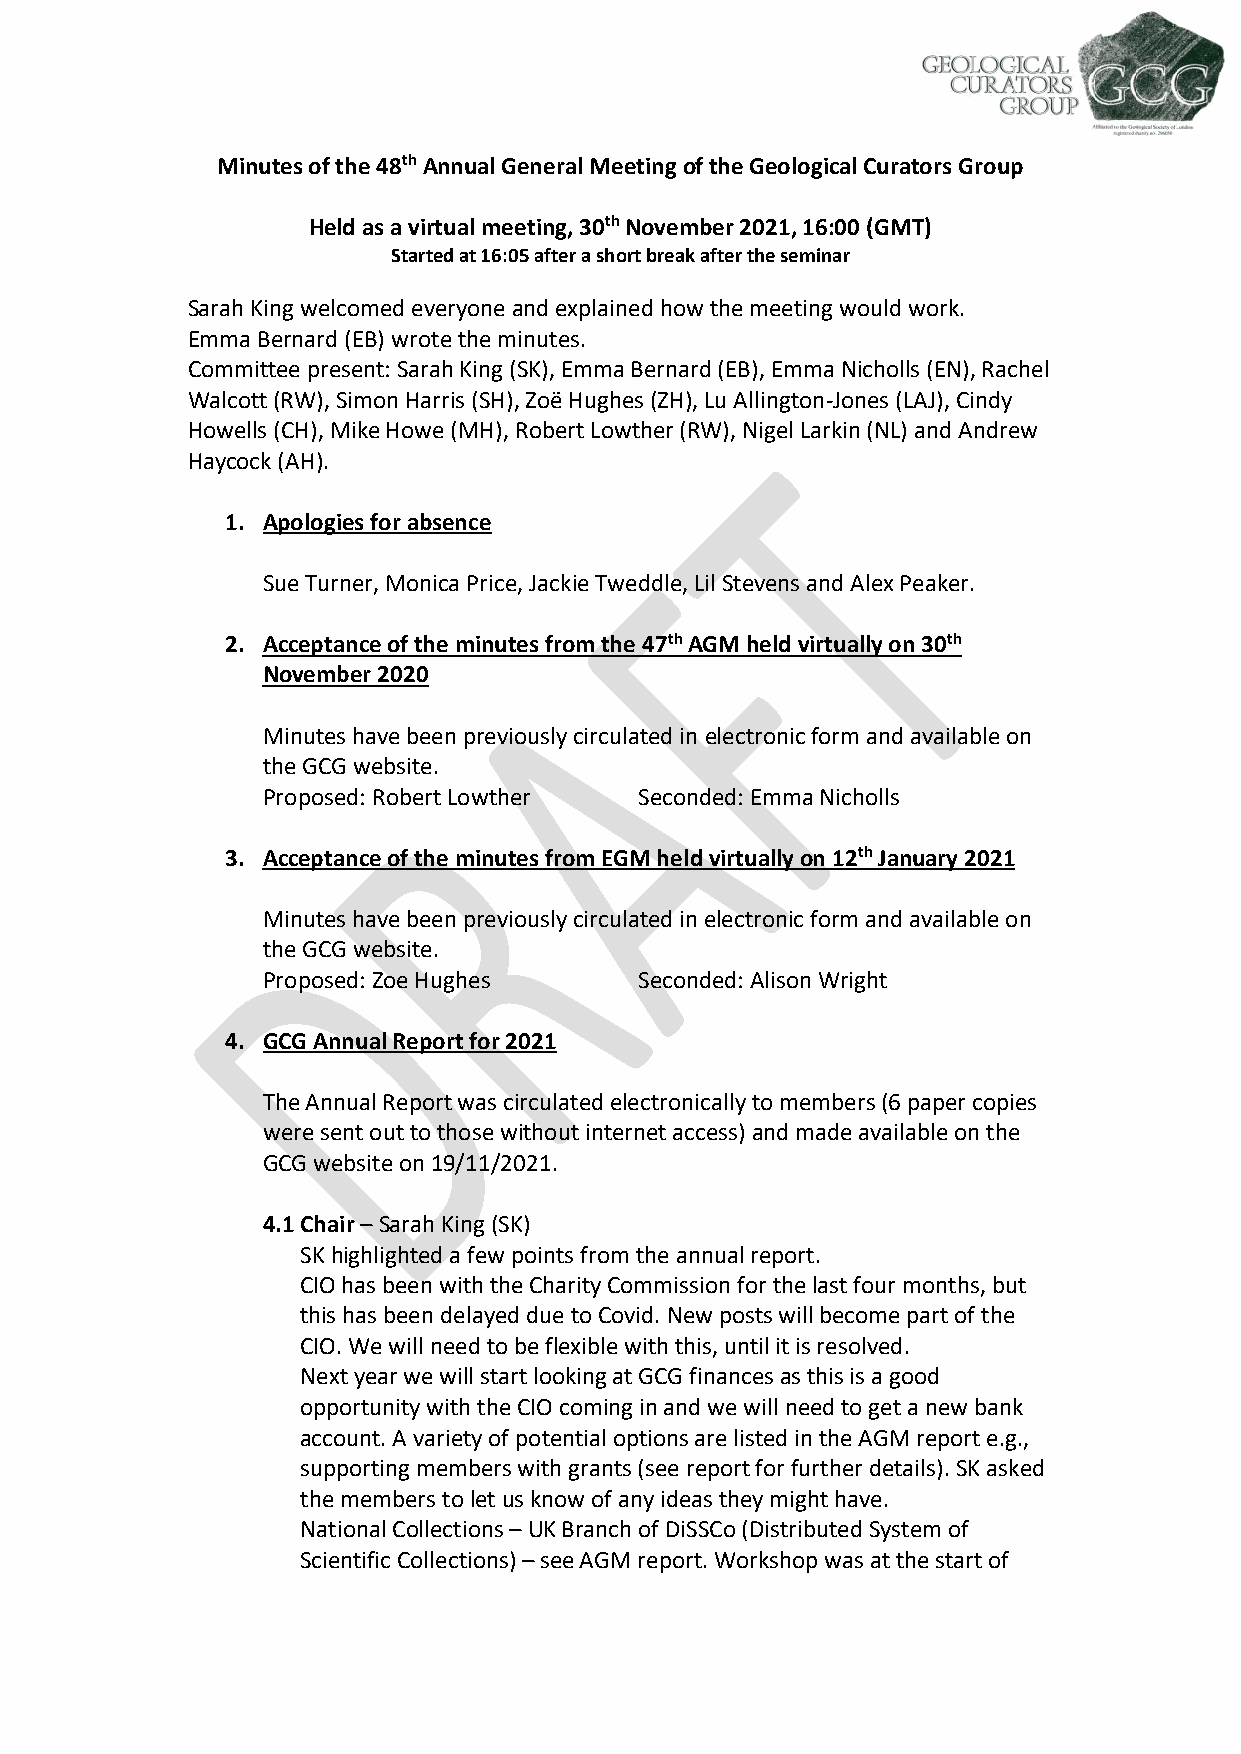
Minutes of the 48th Annual General Meeting of the Geological Curators Group
 Held as a virtual meeting, 30th November 2021, 16:00 (GMT)
 Started at 16:05 after a short break after the seminar
 Sarah King welcomed everyone and explained how the meeting would work.
 Emma Bernard (EB) wrote the minutes.
 Committee present: Sarah King (SK), Emma Bernard (EB), Emma Nicholls (EN), Rachel
 Walcott (RW), Simon Harris (SH), Zoë Hughes (ZH), Lu Allington-Jones (LAJ), Cindy
 Howells (CH), Mike Howe (MH), Robert Lowther (RW), Nigel Larkin (NL) and Andrew
 Haycock (AH).
 1. Apologies for absence
 Sue Turner, Monica Price, Jackie Tweddle, Lil Stevens and Alex Peaker.
 2. Acceptance of the minutes from the 47th AGM held virtually on 30th
 November 2020
 Minutes have been previously circulated in electronic form and available on
 the GCG website.
 Proposed: Robert Lowther Seconded: Emma Nicholls
 3. Acceptance of the minutes from EGM held virtually on 12th January 2021
 Minutes have been previously circulated in electronic form and available on
 the GCG website.
 Proposed: Zoe Hughes     Seconded: Alison Wright
 4. GCG Annual Report for 2021
 The Annual Report was circulated electronically to members (6 paper copies
 were sent out to those without internet access) and made available on the
 GCG website on 19/11/2021.
 4.1 Chair – Sarah King (SK)
 SK highlighted a few points from the annual report.
 CIO has been with the Charity Commission for the last four months, but
 this has been delayed due to Covid. New posts will become part of the
 CIO. We will need to be flexible with this, until it is resolved.
 Next year we will start looking at GCG finances as this is a good
 opportunity with the CIO coming in and we will need to get a new bank
 account. A variety of potential options are listed in the AGM report e.g.,
 supporting members with grants (see report for further details). SK asked
 the members to let us know of any ideas they might have.
 National Collections – UK Branch of DiSSCo (Distributed System of
 Scientific Collections) – see AGM report. Workshop was at the start of